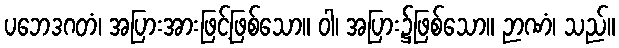
ပဘေဒဂတံ၊ အပြားအားဖြင့်ဖြစ်သော။ ဝါ၊ အပြား၌ဖြစ်သော။ ဉာဏံ၊ သည်။